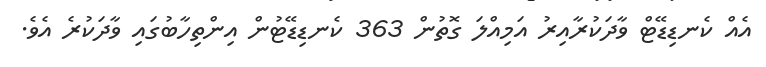
އެއް ކެނޑިޑޭޓް ވާދަކުރާއިރު އަމިއްލަ ގޮތުން 363 ކެނޑިޑޭޓުން އިންތިހާބުގައި ވާދަކުރެ އެވެ.